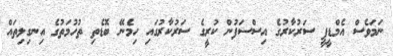
ނަމަވެސް އެމްޑީޕީ ސަރުކާރުގެ އިސްސަފުން ކުރީގެ ސަރުކާރުގައި ހިމެނޭ ބޮޑެތި ތުހުމަތުގެ އިނގިލިތައް